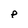
Character: p